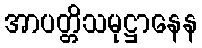
အာပတ္တိသမုဋ္ဌာနေန